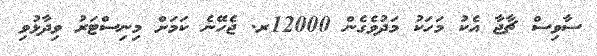
ސާވިސް ޗާޖާ އެކު މަހަކު މަދުވެގެން 12000ރ. ޖެހޭނެ ކަމަށް މިނިސްޓަރު ވިދާޅުވި